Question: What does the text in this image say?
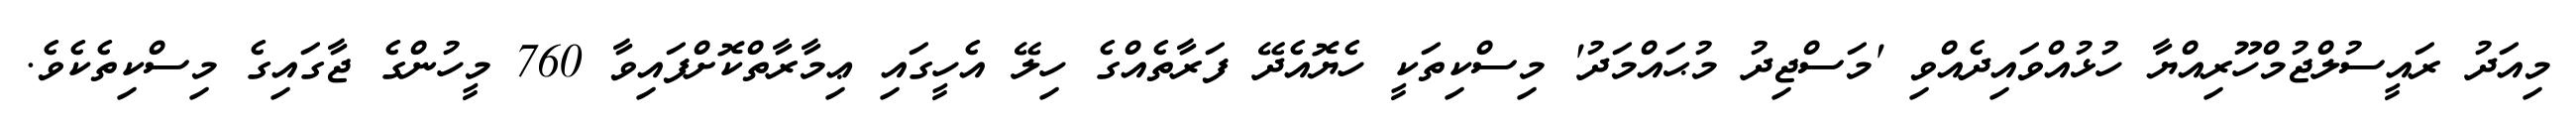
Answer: މިއަދު ރައީސުލްޖުމްހޫރިއްޔާ ހުޅުއްވައިދެއްވި 'މަސްޖިދު މުޙައްމަދު' މިސްކިތަކީ ހެޔޮއެދޭ ފަރާތެއްގެ ހިލޭ އެހީގައި ޢިމާރާތްކޮށްފައިވާ 760 މީހުންގެ ޖާގައިގެ މިސްކިތެކެވެ.